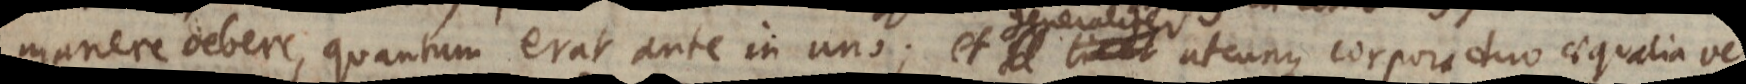
manere debere, quantum erat ante in uno; et generaliter utcunque corpora duo aequa